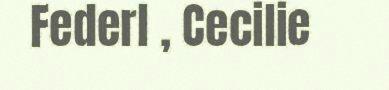
Federl , Cecilie